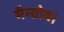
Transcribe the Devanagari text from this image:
मैन्ग्रोव।